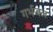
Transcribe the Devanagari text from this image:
गर्भजल